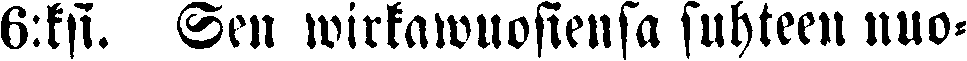
6:ksi. Sen wirkawuosiensa suhteen nuo-